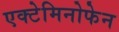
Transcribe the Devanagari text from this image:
एक्टेमिनोफेन